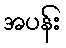
အပန်း